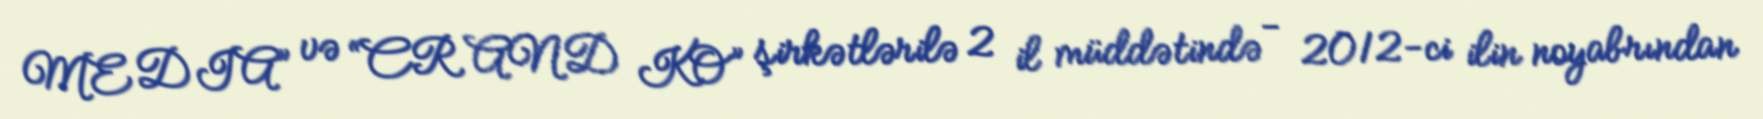
MEDIA” və “CR AND KO” şirkətlərilə 2 il müddətində - 2012-ci ilin noyabrından